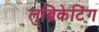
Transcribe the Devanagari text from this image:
लुब्रिकेटिंग